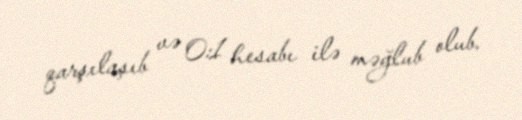
qarşılaşıb və 0:1 hesabı ilə məğlub olub.